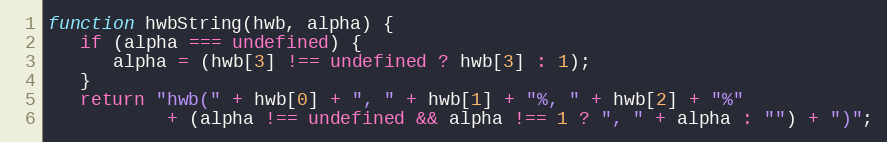
Language: JavaScript
function hwbString(hwb, alpha) {
   if (alpha === undefined) {
      alpha = (hwb[3] !== undefined ? hwb[3] : 1);
   }
   return "hwb(" + hwb[0] + ", " + hwb[1] + "%, " + hwb[2] + "%"
           + (alpha !== undefined && alpha !== 1 ? ", " + alpha : "") + ")";